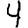
Digit: 4